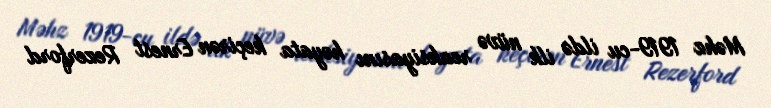
Məhz 1919-cu ildə ilk nüvə reaksiyasını həyata keçirən Ernest Rezerford